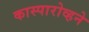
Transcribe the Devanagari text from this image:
कास्पारोव्हने